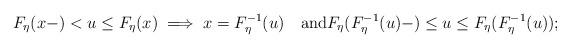
LaTeX: \begin{align*} F_\eta(x-)< u \leq F_\eta(x) \implies x = F_\eta^{-1}(u) \quad\mbox{and}F_\eta(F_\eta^{-1}(u)-)\leq u \leq F_\eta(F_\eta^{-1}(u)); \end{align*}